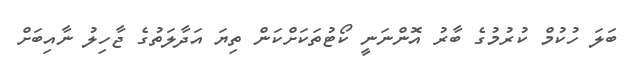
ބަލަ ހުކުމް ކުރުމުގެ ބާރު އޮންނަނީ ކޯޓުތަކަށްކަން ތިޔަ އަދާލަތުގެ ޖާހިލު ނާއިބަށް